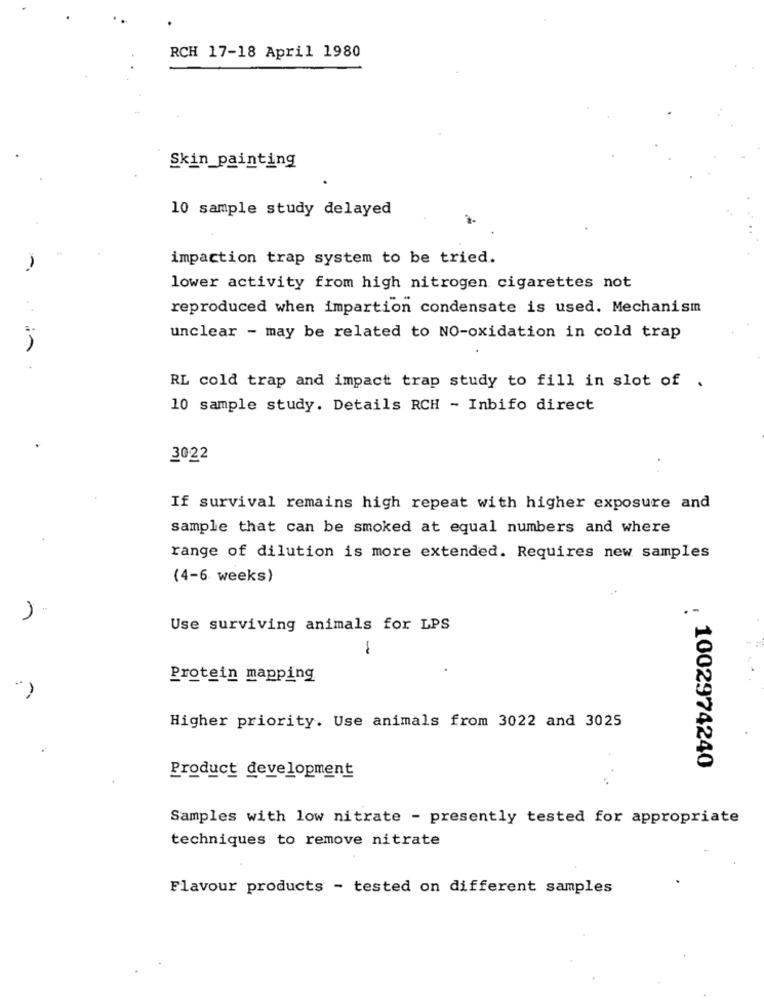
RCH 17-18 April 1980
Skin_painting
10 sample study delayed
impaction trap system to be tried.
-
lower activity from high nitrogen cigarettes not
reproduced when impartion condensate is used. Mechanism
unclear - may be related to NO-oxidation in cold trap
RL cold trap and impact trap study to fill in slot of .
10 sample study. Details RCH - Inbifo direct
3022
If survival remains high repeat with higher exposure and
sample that can be smoked at equal numbers and where
range of dilution is more extended. Requires new samples
(4-6 weeks)
Use surviving animals for LPS
-
Protein mapping
Higher priority. Use animals from 3022 and 3025
: 1002974240
Product development
Samples with low nitrate - presently tested for appropriate
techniques to remove nitrate
Flavour products - tested on different samples